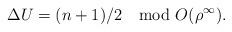
LaTeX: \begin{align*}\Delta U=(n+1)/2\mod O(\rho^\infty).\end{align*}